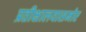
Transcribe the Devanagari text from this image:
प्रतीक्षालयासमोर